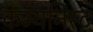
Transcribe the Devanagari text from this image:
कम्यनिस्ट